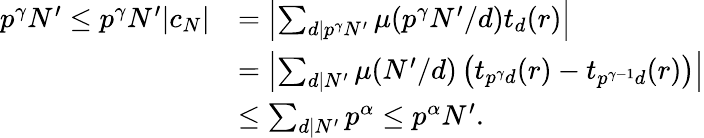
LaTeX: \begin{array}{rl}{p^{\gamma}N^{\prime}\leq p^{\gamma}N^{\prime}|c_{N}|}&{=\left|\sum_{d|p^{\gamma}N^{\prime}}\mu(p^{\gamma}N^{\prime}/d)t_{d}(r)\right|}\\ &{=\left|\sum_{d|N^{\prime}}\mu(N^{\prime}/d)\left(t_{p^{\gamma}d}(r)-t_{p^{\gamma-1}d}(r)\right)\right|}\\ &{\leq\sum_{d|N^{\prime}}p^{\alpha}\leq p^{\alpha}N^{\prime}.}\end{array}